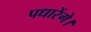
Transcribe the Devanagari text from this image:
पधारेंगे।